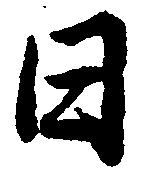
日